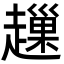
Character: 䟁